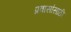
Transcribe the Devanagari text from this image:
प्रवासांसाठी